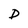
Character: D